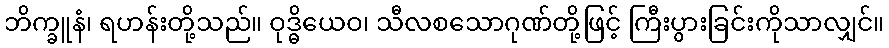
ဘိက္ခူနံ၊ ရဟန်းတို့သည်။ ဝုဒ္ဓိယေဝ၊ သီလစသောဂုဏ်တို့ဖြင့် ကြီးပွားခြင်းကိုသာလျှင်။